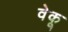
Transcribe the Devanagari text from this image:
वेकू